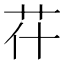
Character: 𦬯